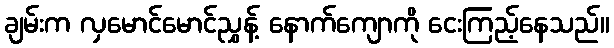
ချမ်းက လှမောင်မောင်ညွှန့် နောက်ကျောကို ငေးကြည့်နေသည်။